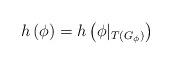
LaTeX: \begin{align*}h\left(\phi\right) = h\left(\phi|_{T(G_\phi)}\right)\end{align*}